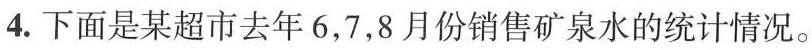
4.下面是某超市去年6，7，8月份销售矿泉水的统计情况。